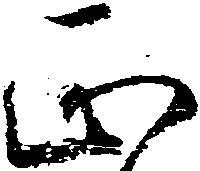
正